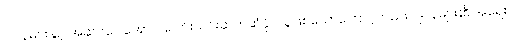
ဂျပန်များနှင့် အဆင်ပြေအောင် ပေါင်းသင်းဆက်ဆံနိုင်သူဖြစ်သောကြောင့်လည်း ဂျပန်များ၏ အရေး